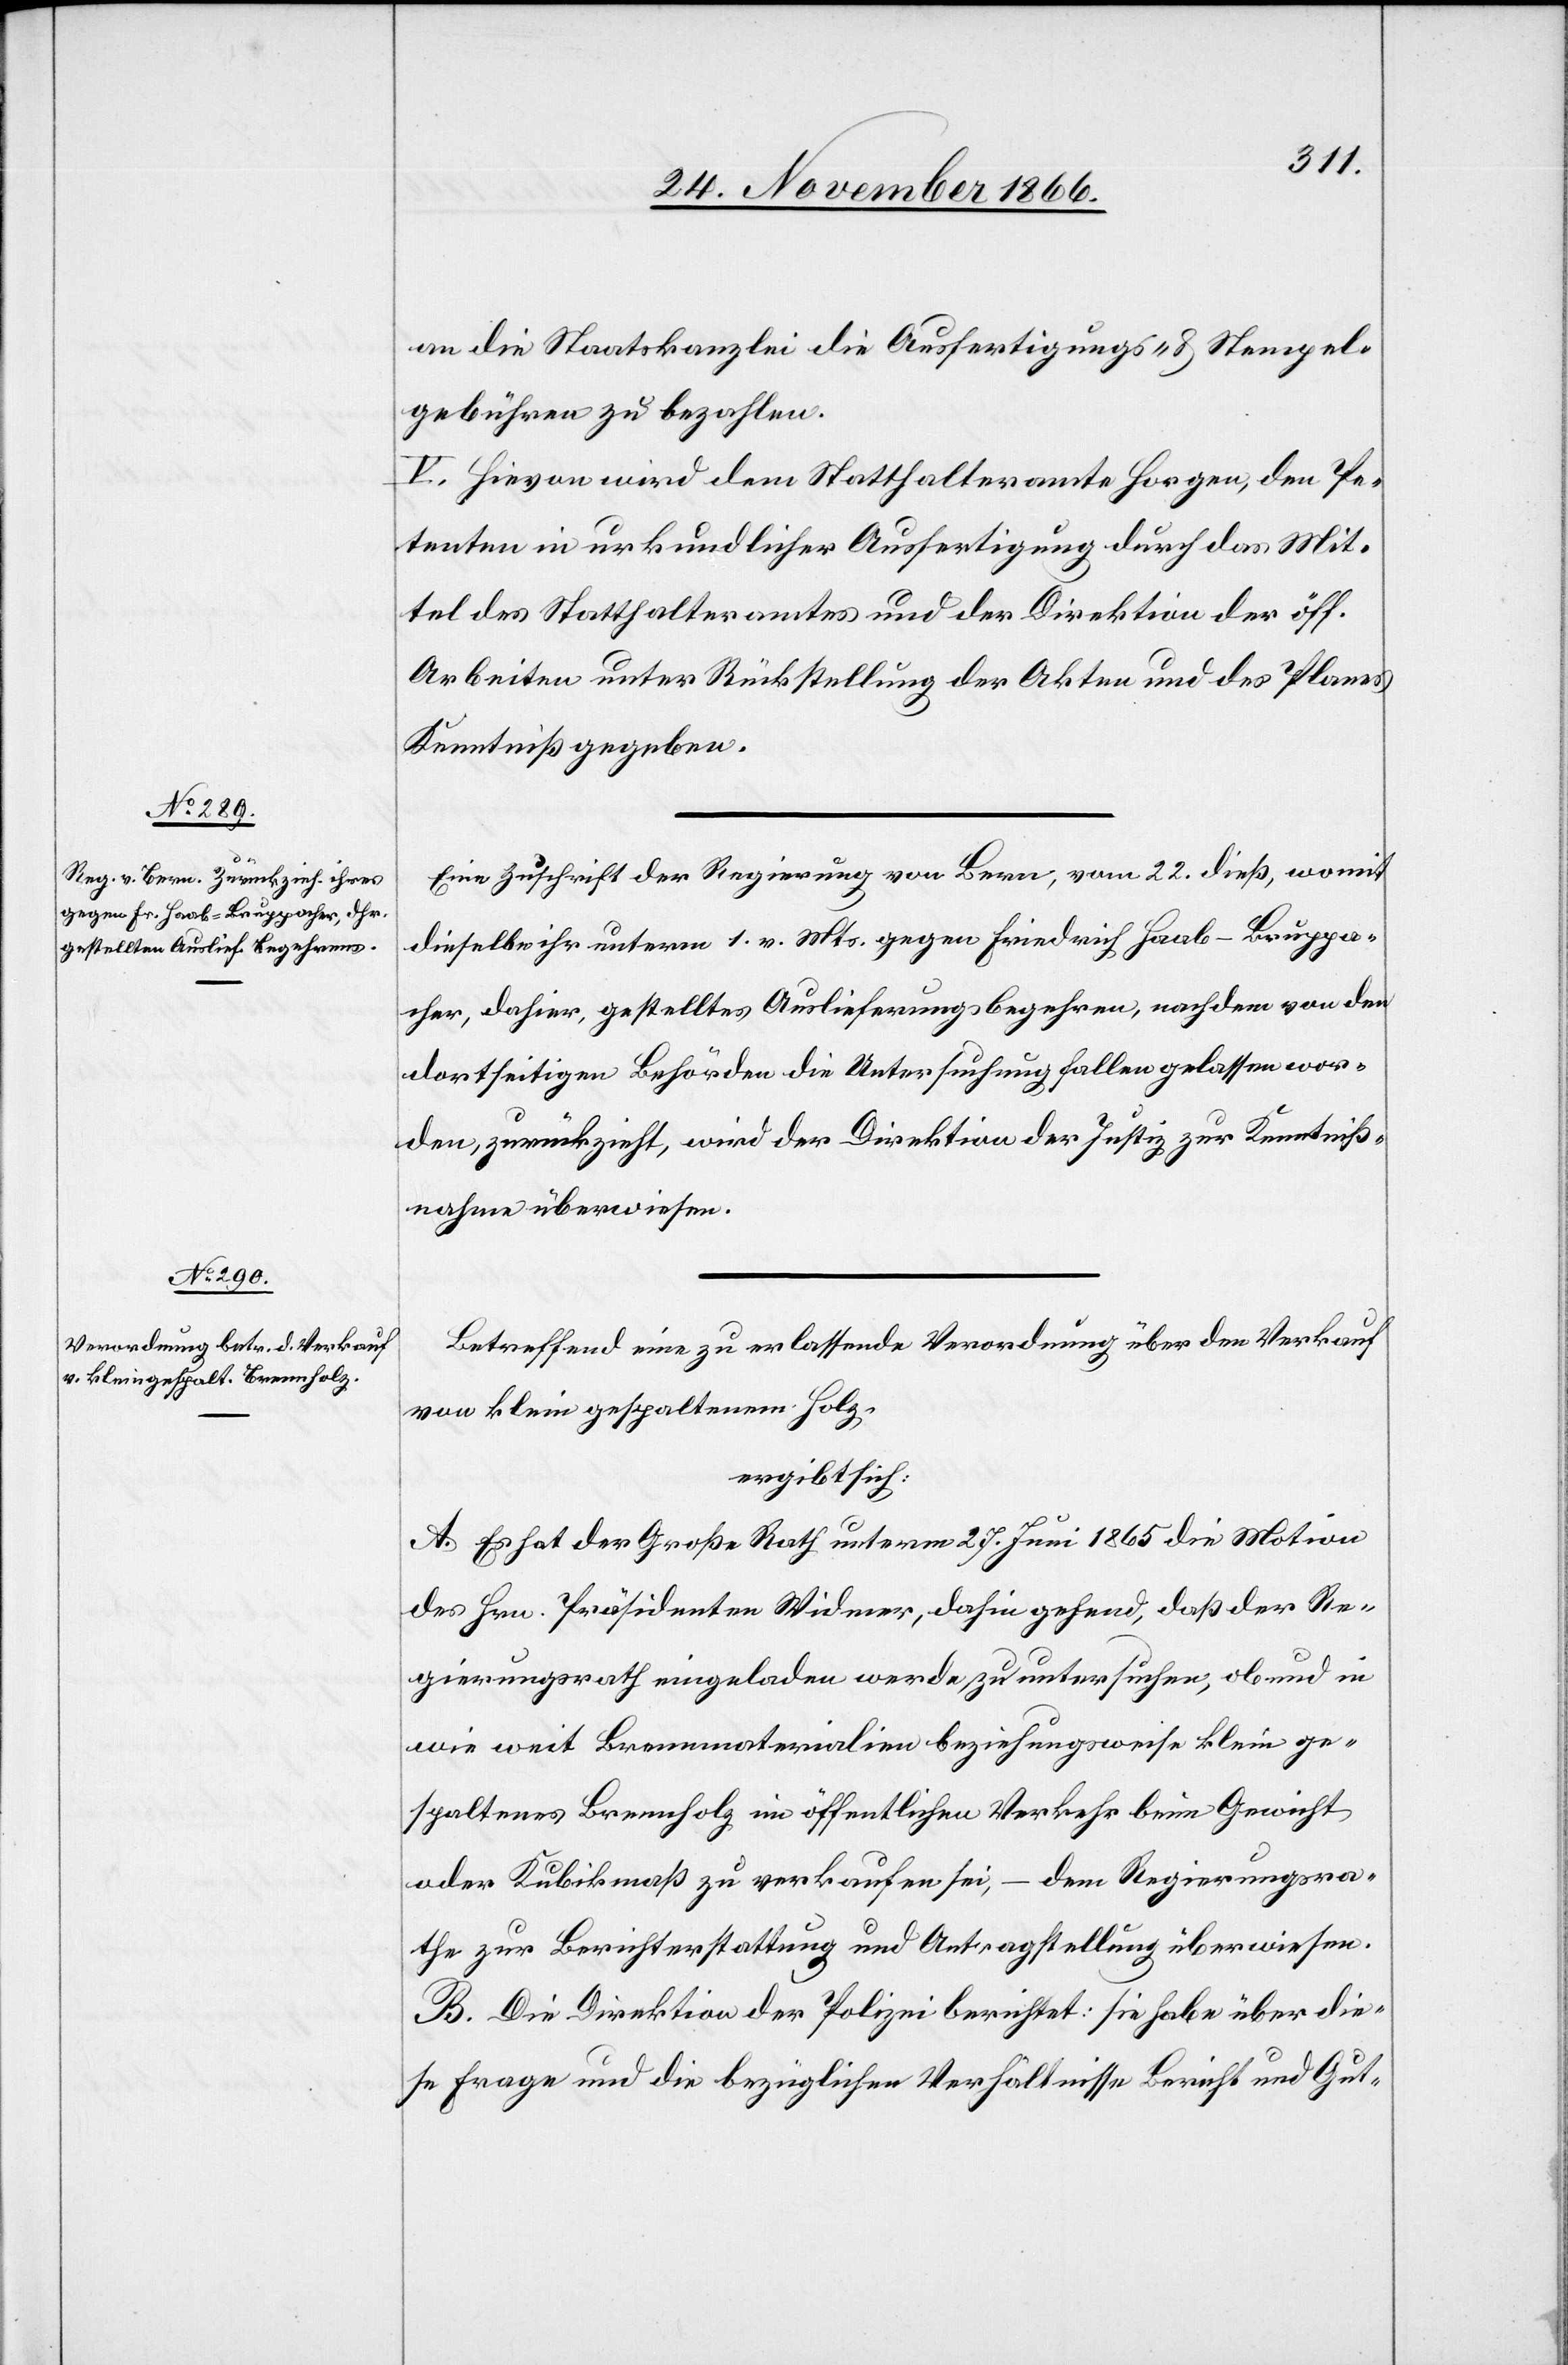
an die Staatskanzlei die Ausfertigungs- & Stempel¬
gebühren zu bezahlen.
V. Hievon wird dem Statthalteramte Horgen, den Pe¬
tenten in urkundlicher Ausfertigung durch das Mit¬
tel des Statthalteramtes und der Direktion der öff.
Arbeiten unter Rückstellung der Akten und des Planes
Kenntniß gegeben.
Eine Zuschrift der Regierung von Bern, vom 22. dieß, womit
dieselbe ihr unterm 1. v. Mts. gegen Friedrich Haab-Bruppa¬
cher, dahier, gestelltes Auslieferungsbegehren, nachdem von den
dortseitigen Behörden die Untersuchung fallen gelassen wor¬
den, zurückzieht, wird der Direktion der Justiz zur Kenntniß¬
nahme überwiesen.
Betreffend eine zu erlassende Verordnung über den Verkauf
von klein gespaltenem Holz,
ergibt sich:
A. Es hat der Große Rath unterm 27. Juni 1865 die Motion
des Hrn. Präsidenten Widmer, dahingehend, daß der Re¬
gierungsrath eingeladen werde, zu untersuchen, ob und in
wie weit Brennmaterialien beziehungsweise klein ge¬
spaltenes Brennholz im öffentlichen Verkehr beim Gewicht
oder Kubikmaß zu verkaufen sei, – dem Regierungsra¬
the zur Berichterstattung und Antragstellung überwiesen.
B. Die Direktion der Polizei berichtet: sie habe über die¬
se Frage und die bezüglichen Verhältnisse Bericht und Gut-